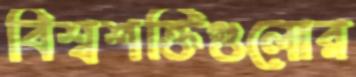
বিশ্বশক্তিগুলোর